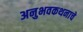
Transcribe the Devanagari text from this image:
अनुभवकथनाचे